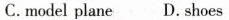
C. model plane D.shoes